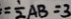
= \frac { 1 } { 2 } A B = 3